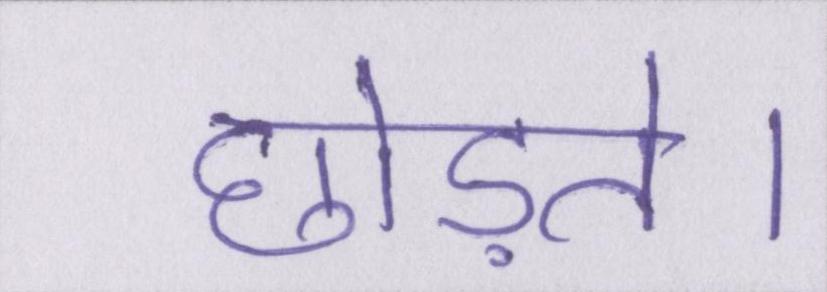
छोड़ते।